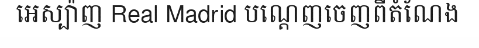
អេស្ប៉ាញ Real Madrid បណ្តេញចេញពីតំណែង